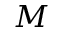
M